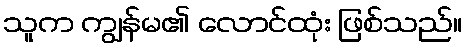
သူက ကျွန်မ၏ လောင်ထုံး ဖြစ်သည်။